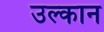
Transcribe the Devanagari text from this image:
उल्कान